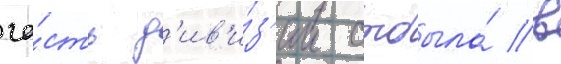
ча́сть д'ив'и́з'ии отбыла́ в